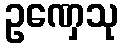
ဥဏှေသု